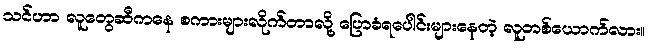
သင်ဟာ လူတွေဆီကနေ စကားများလိုက်တာလို့ ပြောခံရပေါင်းများနေတဲ့ လူတစ်ယောက်လား။